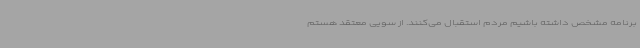
برنامه مشخص داشته باشیم مردم استقبال می‌کنند. از سویی معتقد هستم